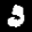
Label: 3